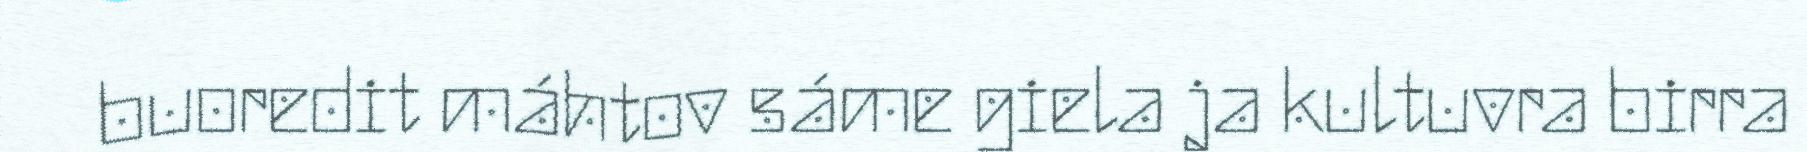
buoredit máhtov sáme giela ja kultuvra birra